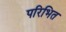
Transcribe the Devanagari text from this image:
परिभित